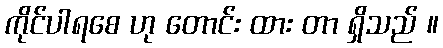
ကိုင်ပါရစေ ဟု တောင်း ထား တာ ရှိသည် ။